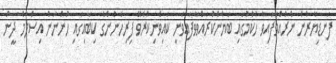
ފަނޑިޔާރުން ނެރުއްވާފައިވާ ހުކުމުގައި ބަޔާންކުރައްވަވާފައިވަނީ ކައިވެނިކުރެވޭ ފިރިހެނުންގެ ކިބައިގައި ހުންނަން އިސްލާމް ދީން